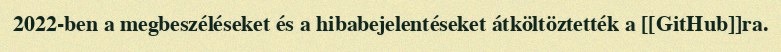
2022-ben a megbeszéléseket és a hibabejelentéseket átköltöztették a [[GitHub]]ra.